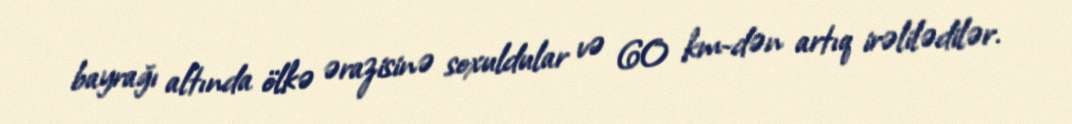
bayrağı altında ölkə ərazisinə soxuldular və 60 km-dən artıq irəlilədilər.